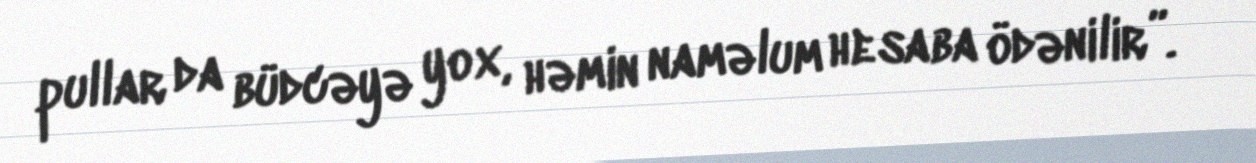
pullar da büdcəyə yox, həmin naməlum hesaba ödənilir”.